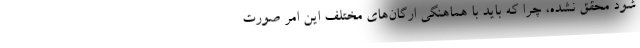
شود محقق نشده، چرا که باید با هماهنگی ارگان‌های مختلف این امر صورت